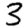
Digit: 3